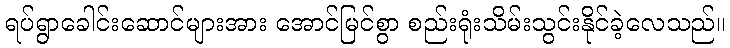
ရပ်ရွာခေါင်းဆောင်များအား အောင်မြင်စွာ စည်းရုံးသိမ်းသွင်းနိုင်ခဲ့လေသည်။